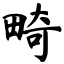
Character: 畸